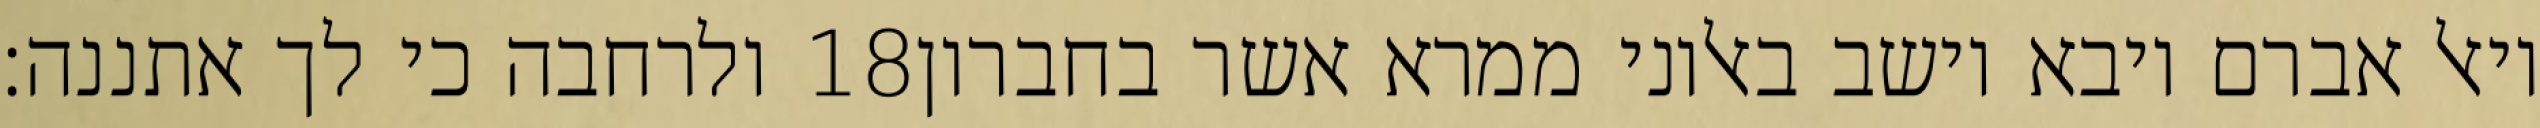
ולרחבה כי לך אתננה׃ ‎18‏ ויאל אברם ויבא וישב באלוני ממרא אשר בחברון